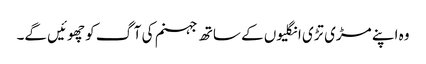
وہ اپنے مڑی تڑی انگلیوں کے ساتھ جہنم کی آگ کو چھوئیں گے۔